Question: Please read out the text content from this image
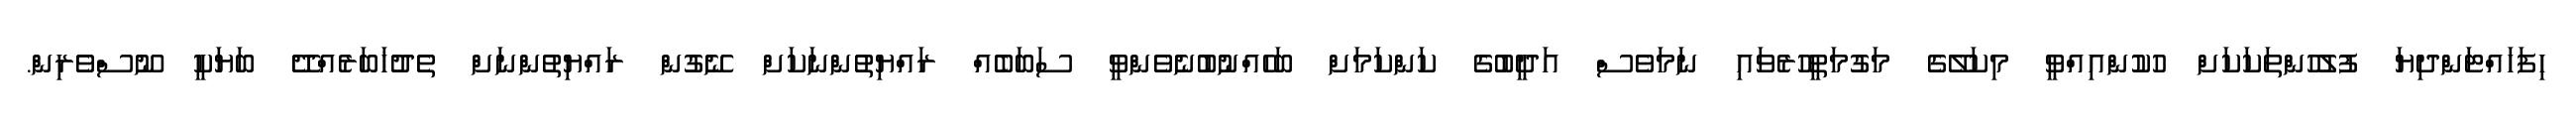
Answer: ހިފަހައްޓަންދިޔަ ފުލުހުންތަކަކަށް ހުކުންއިއްވީ މިކަލޭގެ މަގުމަތީހުރެވައި ނަމަވެސް އަދީބުގެ ކަންކަމަށް ބަހެއްނުބުނެވެންވީ ސަބަބެއް ރައްޔިތުންނަކަށް ނޭގުން ރައްޔިތުންނަށް ތެދުޚަބަރެއްދޭ ބަޔަކީ ނޫސްވެރިން.